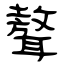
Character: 聱